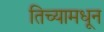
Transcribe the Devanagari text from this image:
तिच्यामधून